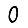
Digit: 0